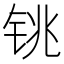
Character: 铫